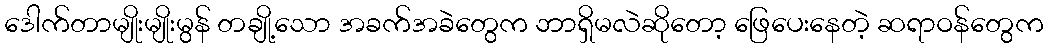
ဒေါက်တာမျိုးမျိုးမွန် တချို့သော အခက်အခဲတွေက ဘာရှိမလဲဆိုတော့ ဖြေပေးနေတဲ့ ဆရာဝန်တွေက